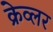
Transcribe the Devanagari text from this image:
क्रेव्लर